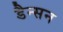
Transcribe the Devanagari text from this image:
डैन्सन